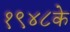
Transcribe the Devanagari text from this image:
१९४८के